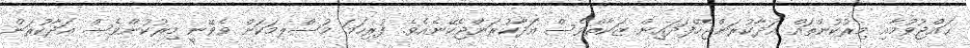
ޙައްޖުވުމާއި މިރުކުންތައް އަދާކުރަންޖެހޭފަދައިން ޒަކާތްވެސް އަދާކުރަންޖެހޭނެއެވެ. ފުރިހަމަ މުސްލިމަކަށް ވެވޭނީ މިރުކުންވެސް އަދާކުރަން